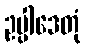
ဥပ္ပါဒေတုံ